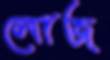
লোজ